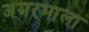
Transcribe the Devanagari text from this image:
अमरमाला